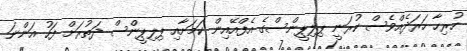
ހުރިހާ ހަރަދެއްވެސް ކުރަނީ ޕިލިޕީންސްގެ އެފްއޭއިން ކަމަށާއި ޕިލިޕީންސް ދަތުރަށް ފަހު އަންނަ